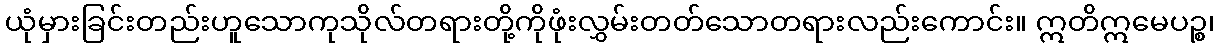
ယုံမှားခြင်းတည်းဟူသောကုသိုလ်တရားတို့ကိုဖုံးလွှမ်းတတ်သောတရားလည်းကောင်း။ ဣတိဣမေပဉ္စ၊